Lunatic asylums Central Provinces reports 1874-1885 - 1874-1885
Year: 1874
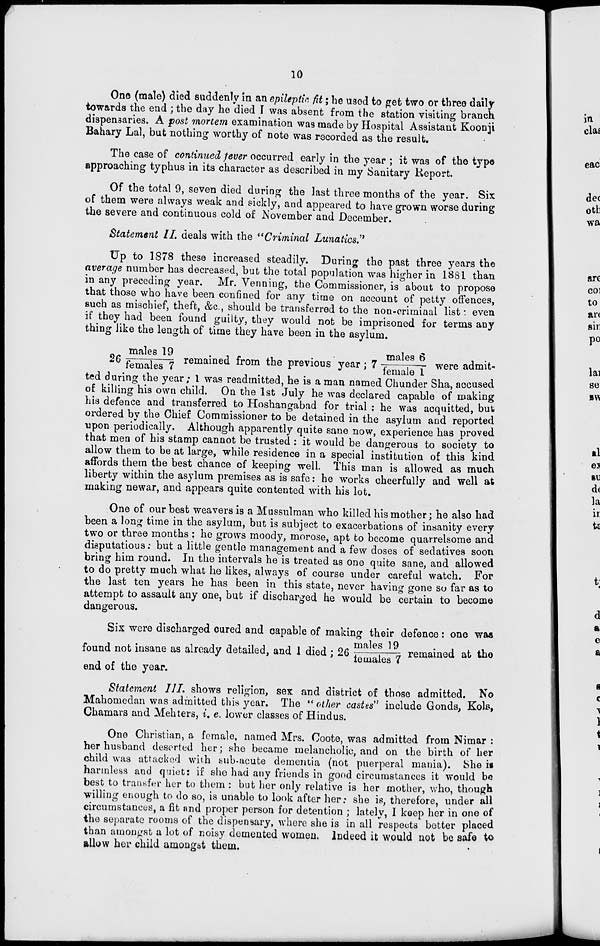
10
One (male) died suddenly in an epileptic fit ; he used to get two or three daily
towards the end ; the day he died I was absent from the station visiting branch
dispensaries. A post mortem examination was made by Hospital Assistant Koonji
Bahary Lal, but nothing worthy of note was recorded as the result.
The case of continued fever occurred early in the year ; it was of the type
approaching typhus in its character as described in my Sanitary Report.
Of the total 9, seven died during the last three months of the year. Six
of them were always weak and sickly, and appeared to have grown worse during
the severe and continuous cold of November and December.
Statement II. deals with the "Criminal Lunatics."
Up to 1878 these increased steadily. During the past three years the
average number has decreased, but the total population was higher in 18S1 than
in any preceding year, Mr. Venning, the Commissioner, is about to propose
that those who have been confined for any time on account of petty offences,
such as mischief, theft, &c., should be transferred to the non-criminal list ; even
if they had been found guilty, they would not be imprisoned for terms any
thing like the length of time they have been in the asylum.
26 males 19/females 7 remained from the previous year ; 7 males 6/female 1 were admit-
ted during the year; 1 was readmitted, he is a man named Chunder Sha, accused
of killing his own child. On the 1st July he was declared capable of making
his defence and transferred to Hoshangabad for trial : he was acquitted, but
ordered by the Chief Commissioner to be detained in the asylum and reported
upon periodically. Although apparently quite sane now, experience has proved
that men of his stamp cannot be trusted : it would be dangerous to society to
allow them to be at large, while residence in a special institution of this kind
affords them the best chance of keeping well. This man is allowed as much
liberty within the asylum premises as is safe: he works cheerfully and well at
making newar, and appears quite contented with his lot.
One of our best weavers is a Mussulman who killed his mother; he also had
been a long time in the asylum, but is subject to exacerbations of insanity every
two or three months ; he grows moody, morose, apt to become quarrelsome and
disputatious: but a little gentle management and a few doses of sedatives soon
bring him round. In the intervals he is treated as one quite sane, and allowed
to do pretty much what he likes, always of course under careful watch. For
the last ten years he has been in this state, never having gone so far as to
attempt to assault any one, but if discharged he would be certain to become
dangerous.
Six were discharged cured and capable of making their defence : one was
found not insane as already detailed, and 1 died ; 26 males 19/females 7 remained at the
end of the year.
Statement III. shows religion, sex and district of those admitted. No
Mahomedan was admitted this year. The " other castes" include Gonds, Kols,
Chamars and Mehters, i. e. lower classes of Hindus.
One Christian, a female, named Mrs. Coote, was admitted from Nimar :
her husband deserted her; she became melancholic, and on the birth of her
child was attacked with sub-acute dementia (not puerperal mania). She is
harmless and quiet: if she had any friends in good circumstances it would be
best to transfer her to them : but her only relative is her mother, who, though
willing enough to do so, is unable to look after her: she is, therefore, under all
circumstances, a fit and proper person for detention ; lately, I keep her in one of
the separate rooms of the dispensary, where she is in all respects better placed
than amongst a lot of noisy demented women. Indeed it would not be safe to
allow her child amongst them.